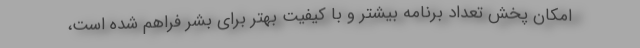
امکان پخش تعداد برنامه بیشتر و با کیفیت بهتر برای بشر فراهم شده است،